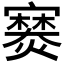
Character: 𫴘